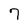
Character: 7